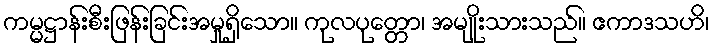
ကမ္မဋ္ဌာန်းစီးဖြန်းခြင်းအမှုရှိသော။ ကုလပုတ္တော၊ အမျိုးသားသည်။ ဧကာဒသဟိ၊